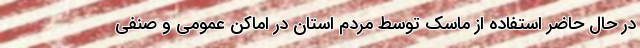
در حال حاضر استفاده از ماسک توسط مردم استان در اماکن عمومی و صنفی